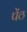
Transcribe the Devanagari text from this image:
पेंठ